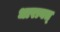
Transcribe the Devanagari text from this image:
धारावत्‌